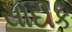
સાદીક